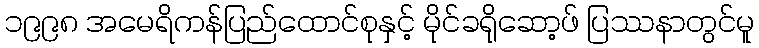
၁၉၉၈ အမေရိကန်ပြည်ထောင်စုနှင့် မိုင်ခရိုဆော့ဖ် ပြဿနာတွင်မူ